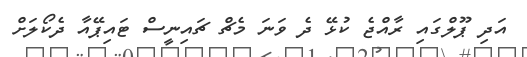
އަދި ޕޫލްގައި ރާއްޖެ ކުޅޭ ދެ ވަނަ މެޗް ޗައިނީސް ޓައިޕޭއާ ދެކޯލަށް